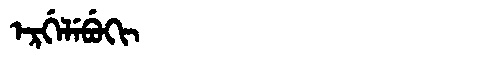
Manchu: ᡝᡵᡤᡝᠯᡝᠪᡠᡴᡳ
Romanization: ERGELEBUKI